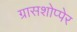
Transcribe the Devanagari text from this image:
ग्रासशोप्पेर